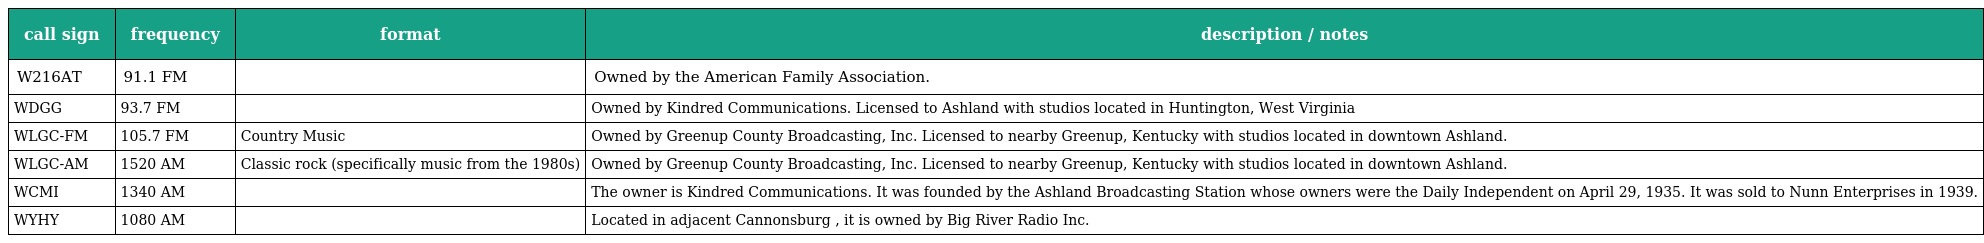
| call sign | frequency | format | description / notes |
 | --- | --- | --- | --- |
 | W216AT | 91.1 FM |  | Owned by the American Family Association. |
 | WDGG | 93.7 FM |  | Owned by Kindred Communications. Licensed to Ashland with studios located in Huntington, West Virginia |
 | WLGC-FM | 105.7 FM | Country Music | Owned by Greenup County Broadcasting, Inc. Licensed to nearby Greenup, Kentucky with studios located in downtown Ashland. |
 | WLGC-AM | 1520 AM | Classic rock (specifically music from the 1980s) | Owned by Greenup County Broadcasting, Inc. Licensed to nearby Greenup, Kentucky with studios located in downtown Ashland. |
 | WCMI | 1340 AM |  | The owner is Kindred Communications. It was founded by the Ashland Broadcasting Station whose owners were the Daily Independent on April 29, 1935. It was sold to Nunn Enterprises in 1939. |
 | WYHY | 1080 AM |  | Located in adjacent Cannonsburg , it is owned by Big River Radio Inc. |